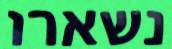
נשארו